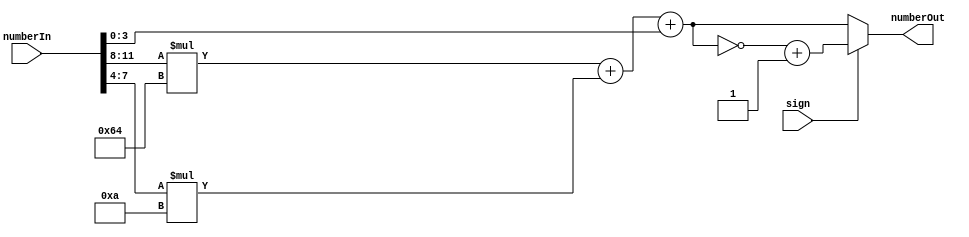
module BCDtoBinary(
	input[11:0] numberIn,
	input sign,
	output reg[11:0] numberOut
);
//The bcd to binary converter will take the BCD number form from the input and convert it to a binary number that can be used in the ALU.
//It will take each BCD individually, and multiply it by its placeholder value (e.g hundreds, tens, ones). It will then add these 3 values together to get the binary equivalent.
reg[11:0] hundreds, tens, ones, temp;

always @ (numberIn) begin

	hundreds = numberIn[11:8] * 8'b01100100;
	tens = numberIn[7:4] * 4'b1010;
	ones = numberIn[3:0];

	temp = hundreds + tens + ones;
	
	//If the number is negative, then convert it into two's complement notation to use in the ALU.
	if(sign) begin
		numberOut = ~temp + 1'b1;
	end else begin
		numberOut = temp;
	end

end
endmodule